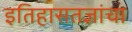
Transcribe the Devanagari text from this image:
इतिहासतज्ञांचा